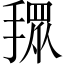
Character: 𢴞